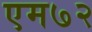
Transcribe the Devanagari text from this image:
एम७२